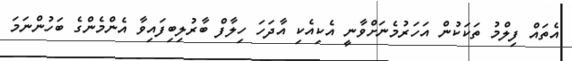
އެތައް ފިލްމު ތަކަކުން އަހަރުމެނަށްވާނީ އެކިއެކި އާދަހަ ހިލާފް ބާރުލިބިފައިވާ އެންމެންގެ ބަހުންނަމަ